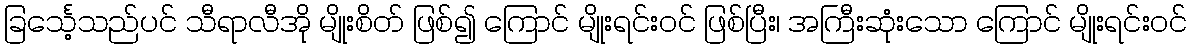
ခြင်္သေ့သည်ပင် သီရာလီအို မျိုးစိတ် ဖြစ်၍ ကြောင် မျိုးရင်းဝင် ဖြစ်ပြီး၊ အကြီးဆုံးသော ကြောင် မျိုးရင်းဝင်